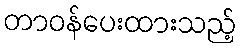
တာဝန်ပေးထားသည့်